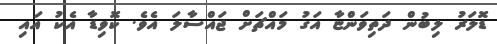
ޑޮލަރު ލިބުން ދަތިވަންޏާ އަގު މައްޗަށް ޖައްސާލަ އެވެ. ކޮވިޑާ އެކު އައި